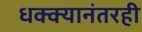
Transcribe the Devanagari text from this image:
धक्क्यानंतरही